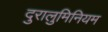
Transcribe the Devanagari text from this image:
दुरालुमिनियम